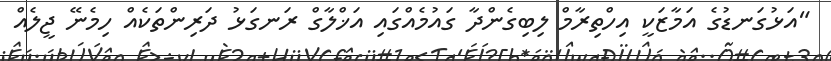
"އަޅުގަނޑުގެ އަމާޒަކީ އިހްތިރާމް ލިބިގެންދާ ގައުމެއްގައި އަޚްލާގް ރަނގަޅު ދަރިންތަކެއް ހިމެނޭ ޖީލެއް